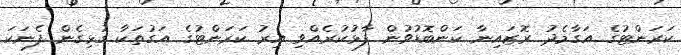
ކަރަންޓުގެ އަގާމެދު ރޮޒައިނާ ކަންބޮޑުވުން ފާޅުކުރެއްވި އިރު ކަރަންޓުގެ އަގުތަކާ ގުޅިގެން ފެނަކަ